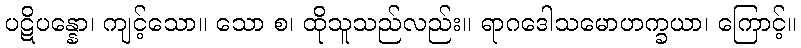
ပဋိပန္နော၊ ကျင့်သော။ သော စ၊ ထိုသူသည်လည်း။ ရာဂဒေါသမောဟက္ခယာ၊ ကြောင့်။